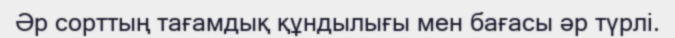
Әр сорттың тағамдық құндылығы мен бағасы әр түрлі.